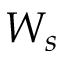
W _ { s }